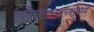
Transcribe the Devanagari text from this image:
शरीरशास्त्राच्यामध्ये